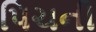
પિચની